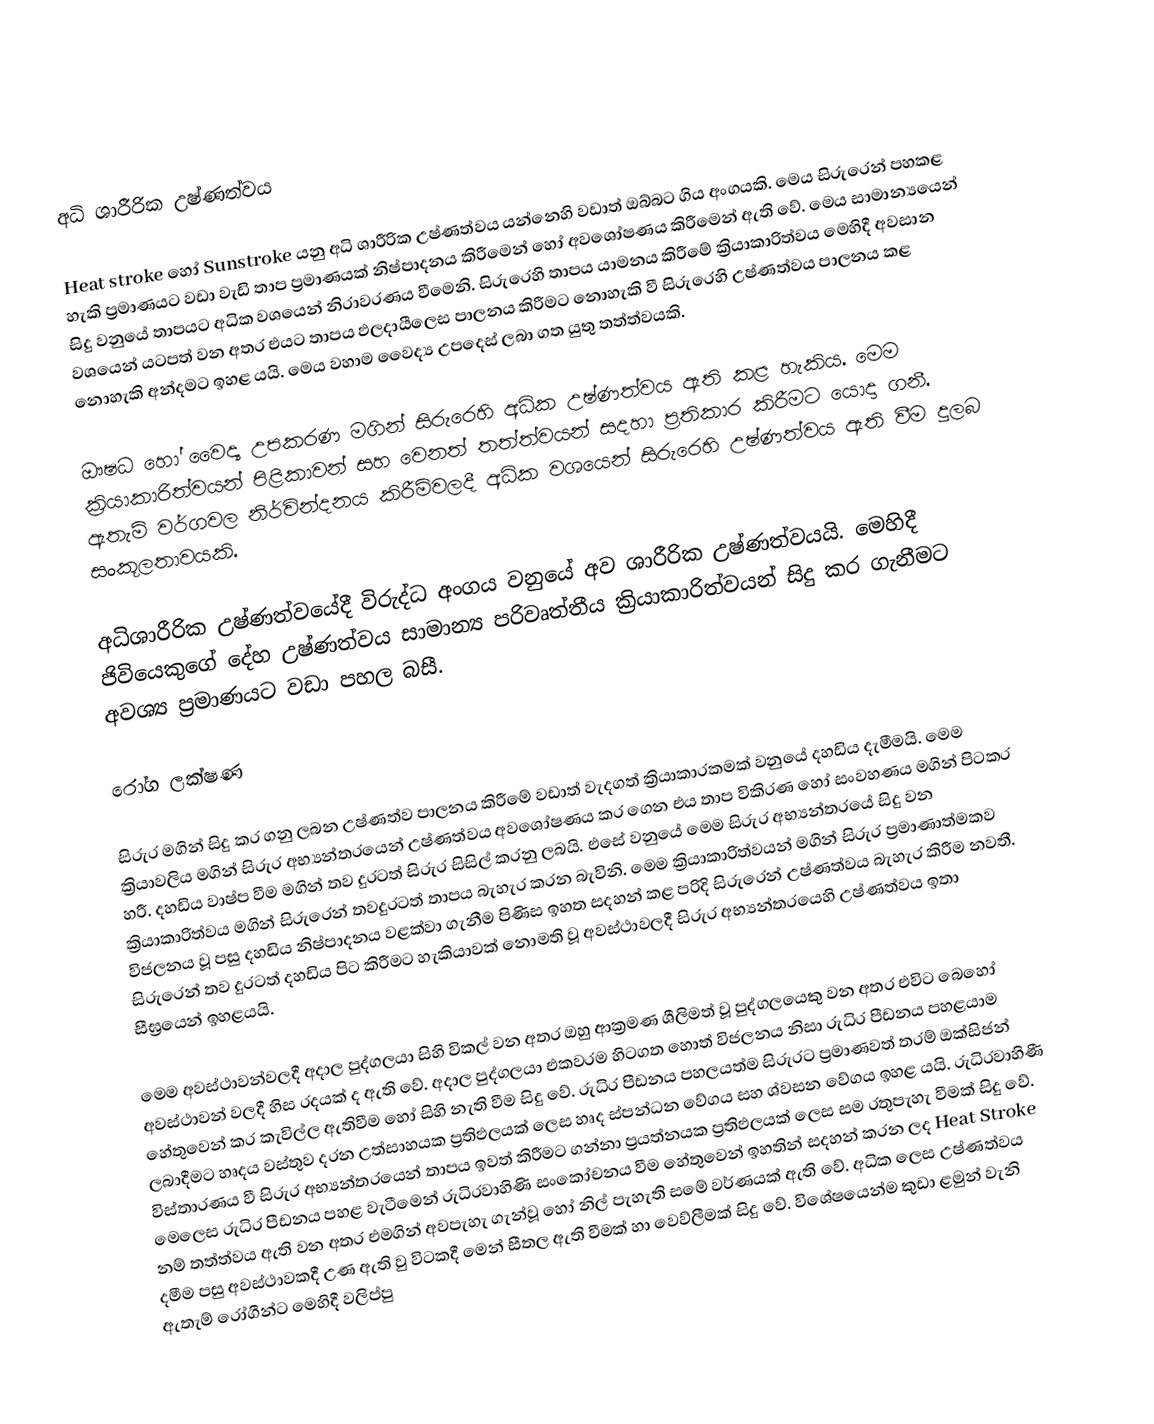

අධි ශාරීරික උෂ්ණත්වය

Heat stroke හෝ Sunstroke යනු අධි ශාරීරික උෂ්ණත්වය යන්නෙහි වඩාත් ඔබ්බට ගිය අංගයකි. මෙය සිරුරෙන් පහකළ හැකි ප්‍රමාණයට වඩා වැඩි තාප ප්‍රමාණයක් නිෂ්පාදනය කිරීමෙන් හෝ අවශෝෂණය කිරීමෙන් ඇති වේ. මෙය සාමාන්‍යයෙන් සිදු වනුයේ තාපයට අධික වශයෙන් නිරාවරණය වීමෙනි. සිරුරෙහි තාපය යාමනය කිරීමේ ක්‍රියාකාරිත්වය මෙහිදී අවසාන වශයෙන් යටපත් වන අතර එයට තාපය ඵලදායීලෙස පාලනය කිරීමට නොහැකි වී සිරුරෙහි උෂ්ණත්වය පාලනය කළ නොහැකි අන්දමට ඉහළ යයි. මෙය වහාම වෛද්‍ය උපදෙස් ලබා ගත යුතු තත්ත්වයකි.

ඖෂධ හෝ වෛද්‍ය උපකරණ මගින් සිරුරෙහි අධික උෂ්ණත්වය ඇති කළ හැකිය. මෙම ක්‍රියාකාරිත්වයන් පිළිකාවන් සහ වෙනත් තත්ත්වයන් සදහා ප්‍රතිකාර කිරීමට යොදා ගනී. ඇතැම් වර්ගවල නිර්වින්දනය කිරීම්වලදී අධික වශයෙන් සිරුරෙහි උෂ්ණත්වය ඇති වීම දුලබ සංකූලතාවයකි.

අධිශාරීරික උෂ්ණත්වයේදී විරුද්ධ අංගය වනුයේ අව ශාරීරික උෂ්ණත්වයයි. මෙහිදී ජිවියෙකුගේ දේහ උෂ්ණත්වය සාමාන්‍ය පරිවෘත්තීය ක්‍රියාකාරිත්වයන් සිදු කර ගැනීමට අවශ්‍ය ප්‍රමාණයට වඩා පහල බසී.

රෝග ලක්ෂණ

සිරුර මගින් සිදු කර ගනු ලබන උෂ්ණත්ව පාලනය කිරීමේ වඩාත් වැදගත් ක්‍රියාකාරකමක් වනුයේ දහඩිය දැමීමයි. මෙම ක්‍රියාවලිය මගින් සිරුර අභ්‍යන්තරයෙන් උෂ්ණත්වය අවශෝෂණය කර ගෙන එය තාප විකිරණ හෝ සංවහණය මගින් පිටකර හරී. දහඩිය වාෂ්ප වීම මගින් තව දුරටත් සිරුර සිසිල් කරනු ලබයි. එසේ වනුයේ මෙම සිරුර අභ්‍යන්තරයේ සිදු වන ක්‍රියාකාරිත්වය මගින් සිරුරෙන් තවදුරටත් තාපය බැහැර කරන බැවිනි. මෙම ක්‍රියාකාරිත්වයන් මගින් සිරුර ප්‍රමාණාත්මකව විජලනය වූ පසු දහඩිය නිෂ්පාදනය වළක්වා ගැනීම පිණිස ඉහත සදහන් කළ පරිදි සිරුරෙන් උෂ්ණත්වය බැහැර කිරීම නවතී. සි‍රුරෙන් තව දුරටත් දහඩිය පිට කිරීමට හැකියාවක් නොමති වූ අවස්ථාවලදී සිරු‍ර අභ්‍යන්තරයෙහි උෂ්ණත්වය ඉතා සීඝ්‍රයෙන් ඉහළයයි.

මෙම අවස්ථාවන්වලදී අදාල පුද්ගලයා සිහි විකල් වන අතර ඔහු ආක්‍රමණ ශීලිමත් වූ පුද්ගලයෙකු වන අතර එවිට බෙහෝ අවස්ථාවන් වලදී හිස රදයක් ද ඇති වේ. අදාල පුද්ගලයා එකවරම හිටගත හොත් විජලනය නිසා රුධිර පීඩනය පහළයාම හේතුවෙන් කර කැවිල්ල ඇතිවීම හෝ සිහි නැති වීම සිදු වේ. රුධිර පීඩනය පහලයත්ම සිරුරට ප්‍රමාණවත් තරම් ඔක්සිජන් ලබාදීමට හෘදය වස්තුව දරන උත්සාහයක ප්‍රතිඵලයක් ලෙස හෘද ස්පන්ධන වේගය සහ ශ්වසන වේගය ඉහළ යයි. රුධිරවාහිණී විස්තාරණය වී සිරුර අභ්‍යන්තරයෙන් තාපය ඉවත් කිරීමට ගන්නා ප්‍රයත්නයක ප්‍රතිඵලයක් ලෙස සම රතුපැහැ වීමක් සිදු වේ. මෙලෙස රුධිර පීඩනය පහළ වැටීමෙන් රුධිරවාහිණි සංකෝචනය වීම හේතුවෙන් ඉහතින් සදහන් කරන ලද Heat Stroke නම් තත්ත්වය ඇති වන අතර එමගින් අවපැහැ ගැන්වූ හෝ නිල් පැහැති සමේ වර්ණයක් ඇති වේ. අධික ලෙස උෂ්ණත්වය දමීම පසු අවස්ථාවකදී උණ ඇති වු විටකදී මෙන් සීතල ඇති වීමක් හා වෙ‍ව්ලීමක් සිදු වේ. විශේෂයෙන්ම කුඩා ළමුන් වැනි ඇතැම් රෝගීන්ට මෙහිදී වලිප්පු